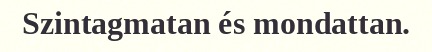
Szintagmatan és mondattan.